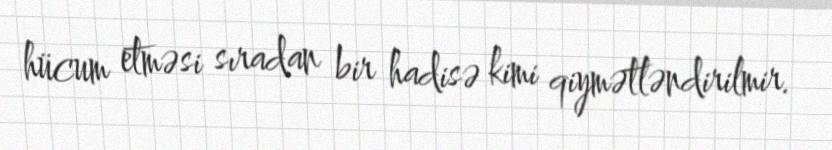
hücum etməsi sıradan bir hadisə kimi qiymətləndirilmir.